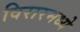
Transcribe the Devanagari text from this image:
विरारमध्ये